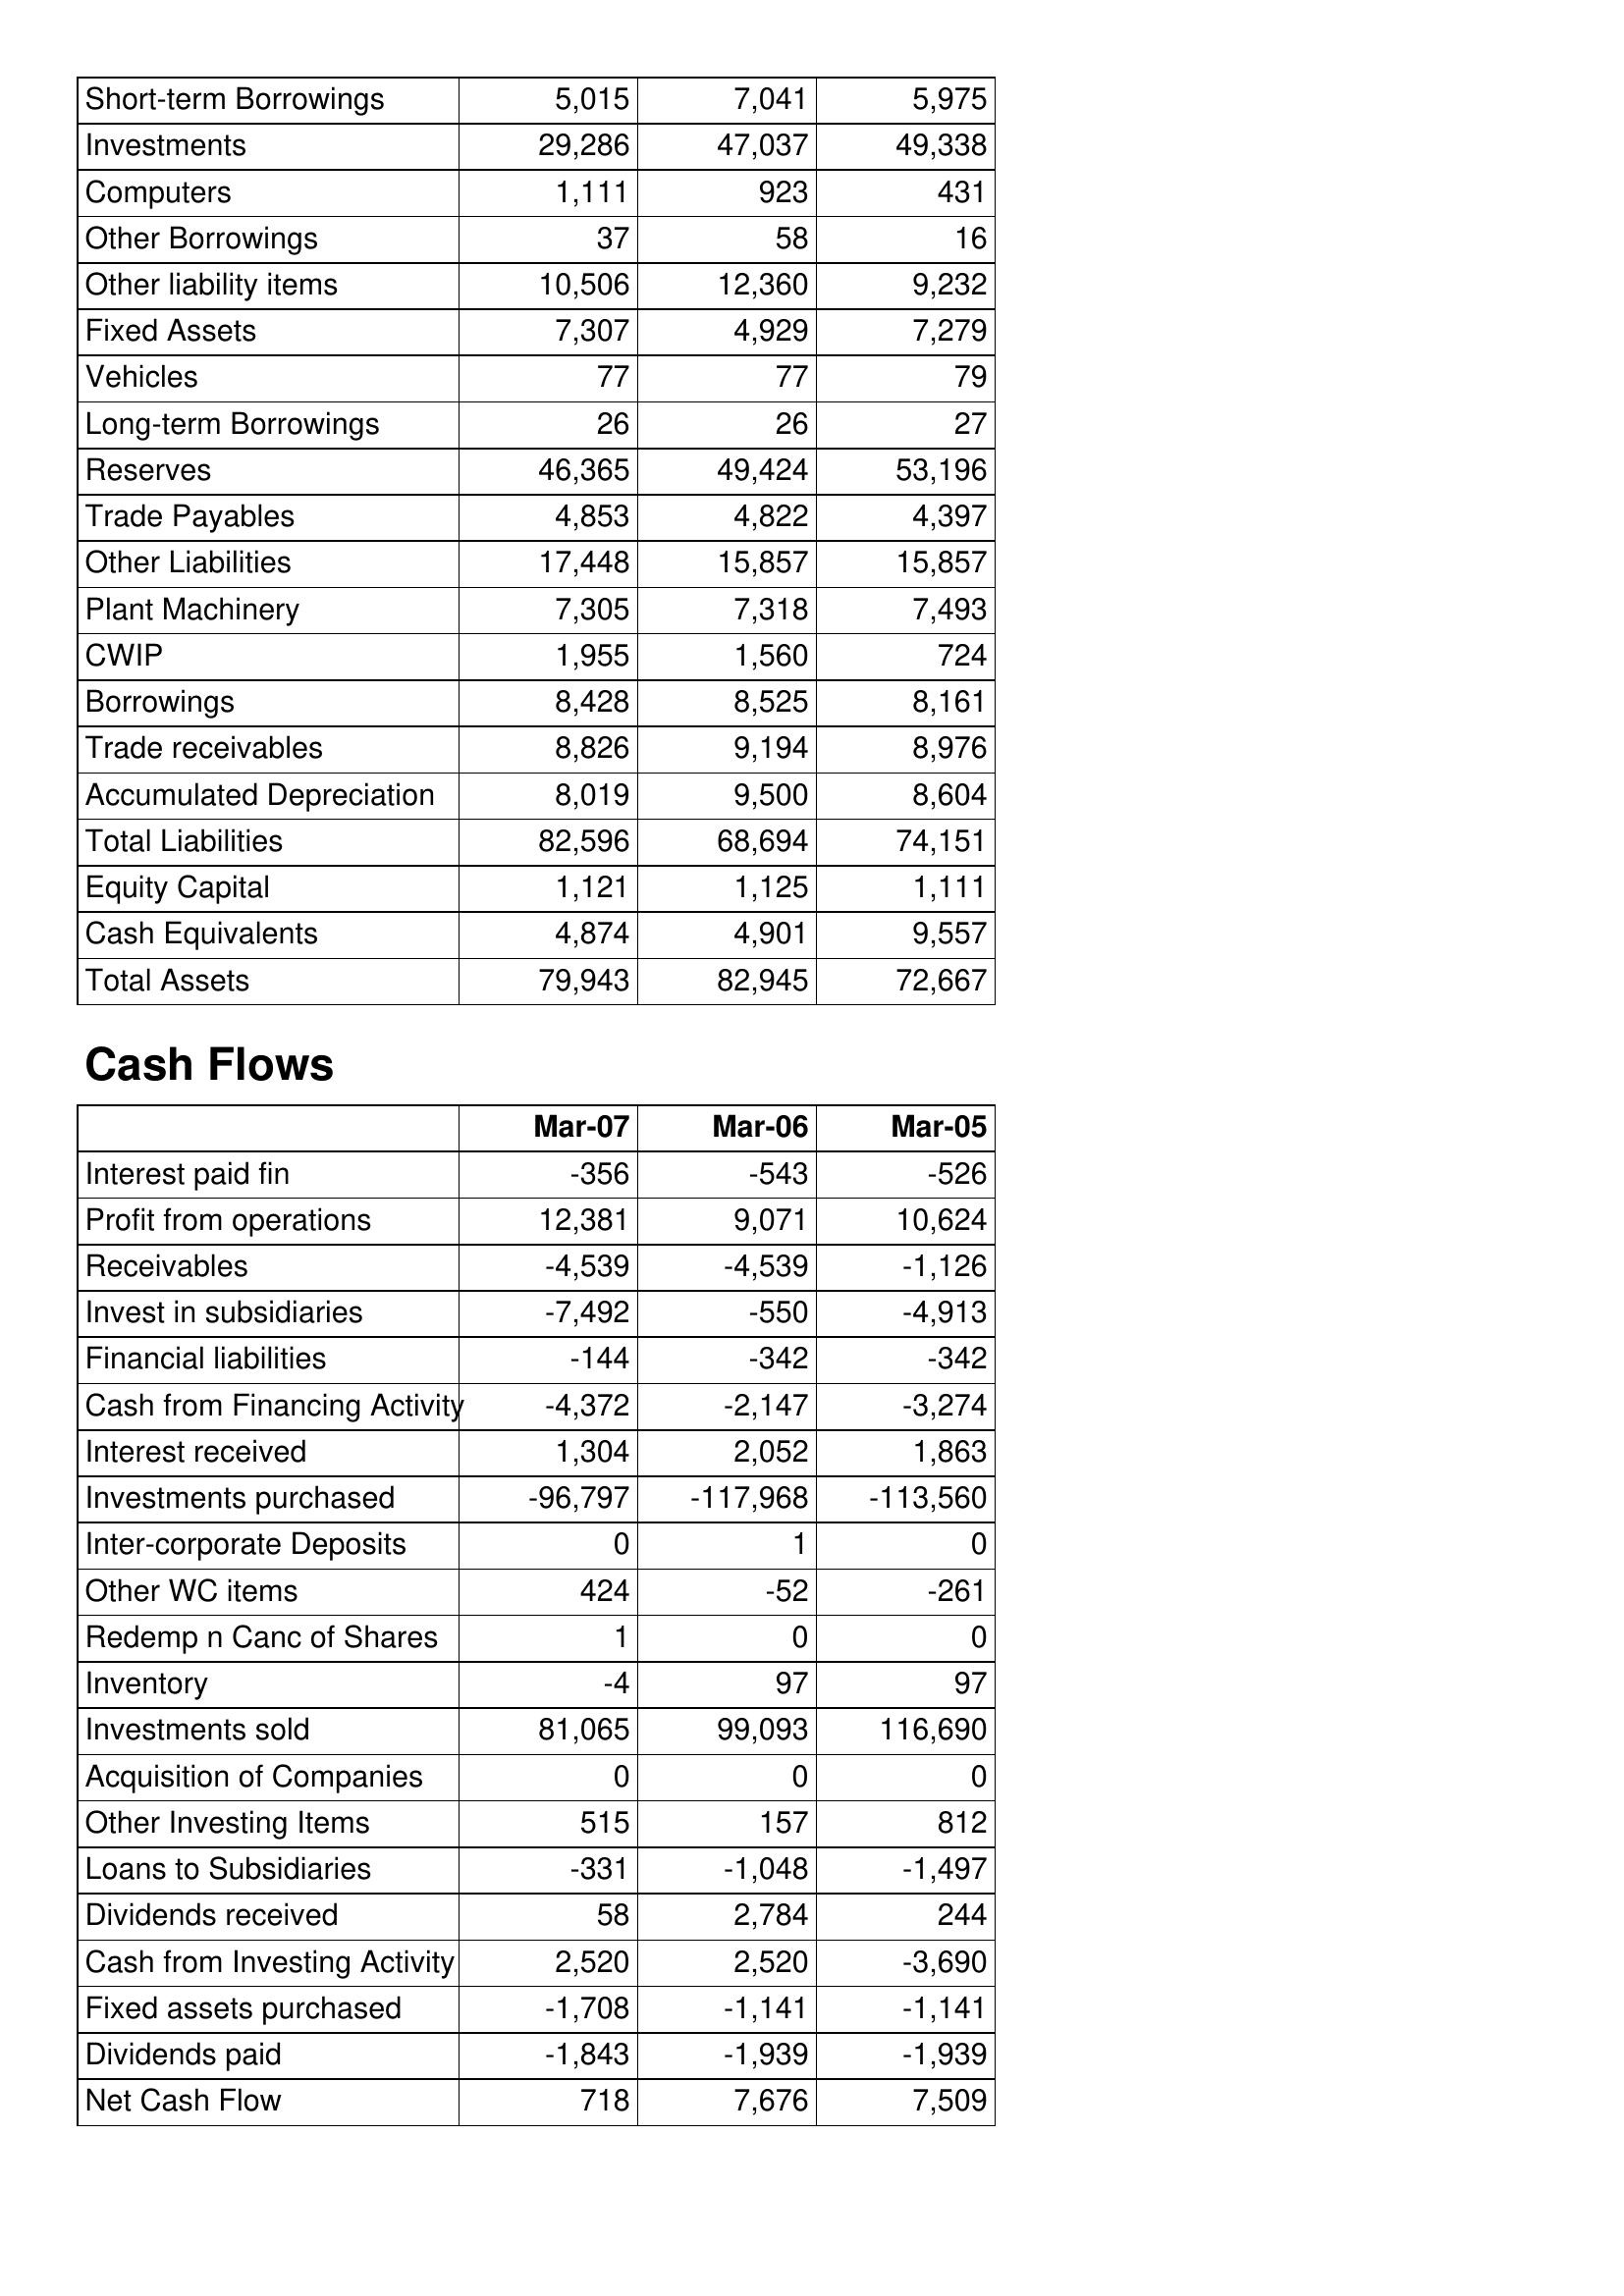
Mar-07: Balance Sheet: Short-term Borrowings: 5,015
Investments: 29,286
Computers: 1,111
Other Borrowings: 37
Other liability items: 10,506
Fixed Assets: 7,307
Vehicles: 77
Long-term Borrowings: 26
Reserves: 46,365
Trade Payables: 4,853
Other Liabilities: 17,448
Plant Machinery: 7,305
CWIP: 1,955
Borrowings: 8,428
Trade receivables: 8,826
Accumulated Depreciation: 8,019
Total Liabilities: 82,596
Equity Capital: 1,121
Cash Equivalents: 4,874
Total Assets: 79,943
Cash Flows: Interest paid fin: -356
Profit from operations: 12,381
Receivables: -4,539
Invest in subsidiaries: -7,492
Financial liabilities: -144
Cash from Financing Activity: -4,372
Interest received: 1,304
Investments purchased: -96,797
Inter-corporate Deposits: 0
Other WC items: 424
Redemp n Canc of Shares: 1
Inventory: -4
Investments sold: 81,065
Acquisition of Companies: 0
Other Investing Items: 515
Loans to Subsidiaries: -331
Dividends received: 58
Cash from Investing Activity: 2,520
Fixed assets purchased: -1,708
Dividends paid: -1,843
Net Cash Flow: 718
Mar-06: Balance Sheet: Short-term Borrowings: 7,041
Investments: 47,037
Computers: 923
Other Borrowings: 58
Other liability items: 12,360
Fixed Assets: 4,929
Vehicles: 77
Long-term Borrowings: 26
Reserves: 49,424
Trade Payables: 4,822
Other Liabilities: 15,857
Plant Machinery: 7,318
CWIP: 1,560
Borrowings: 8,525
Trade receivables: 9,194
Accumulated Depreciation: 9,500
Total Liabilities: 68,694
Equity Capital: 1,125
Cash Equivalents: 4,901
Total Assets: 82,945
Cash Flows: Interest paid fin: -543
Profit from operations: 9,071
Receivables: -4,539
Invest in subsidiaries: -550
Financial liabilities: -342
Cash from Financing Activity: -2,147
Interest received: 2,052
Investments purchased: -117,968
Inter-corporate Deposits: 1
Other WC items: -52
Redemp n Canc of Shares: 0
Inventory: 97
Investments sold: 99,093
Acquisition of Companies: 0
Other Investing Items: 157
Loans to Subsidiaries: -1,048
Dividends received: 2,784
Cash from Investing Activity: 2,520
Fixed assets purchased: -1,141
Dividends paid: -1,939
Net Cash Flow: 7,676
Mar-05: Balance Sheet: Short-term Borrowings: 5,975
Investments: 49,338
Computers: 431
Other Borrowings: 16
Other liability items: 9,232
Fixed Assets: 7,279
Vehicles: 79
Long-term Borrowings: 27
Reserves: 53,196
Trade Payables: 4,397
Other Liabilities: 15,857
Plant Machinery: 7,493
CWIP: 724
Borrowings: 8,161
Trade receivables: 8,976
Accumulated Depreciation: 8,604
Total Liabilities: 74,151
Equity Capital: 1,111
Cash Equivalents: 9,557
Total Assets: 72,667
Cash Flows: Interest paid fin: -526
Profit from operations: 10,624
Receivables: -1,126
Invest in subsidiaries: -4,913
Financial liabilities: -342
Cash from Financing Activity: -3,274
Interest received: 1,863
Investments purchased: -113,560
Inter-corporate Deposits: 0
Other WC items: -261
Redemp n Canc of Shares: 0
Inventory: 97
Investments sold: 116,690
Acquisition of Companies: 0
Other Investing Items: 812
Loans to Subsidiaries: -1,497
Dividends received: 244
Cash from Investing Activity: -3,690
Fixed assets purchased: -1,141
Dividends paid: -1,939
Net Cash Flow: 7,509